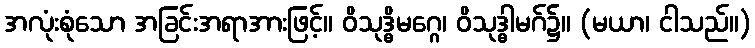
အလုံးစုံသော အခြင်းအရာအားဖြင့်။ ဝိသုဒ္ဓိမဂ္ဂေ၊ ဝိသုဒ္ဓါမဂ်၌။ (မယာ၊ ငါသည်။)